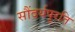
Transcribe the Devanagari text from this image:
सौंदर्यपूरति